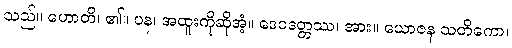
သည်။ ဟောတိ၊ ၏။ ပန၊ အထူးကိုဆိုအံ့။ ဒေဝဒတ္တဿ၊ အား။ ယောဇန သတိကော၊